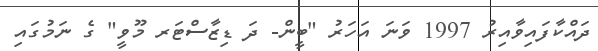
ދައްކާފައިވާއިރު 1997 ވަނަ އަހަރު "ބީން- ދަ ޑިޒާސްޓަރ މޫވީ" ގެ ނަމުގައި